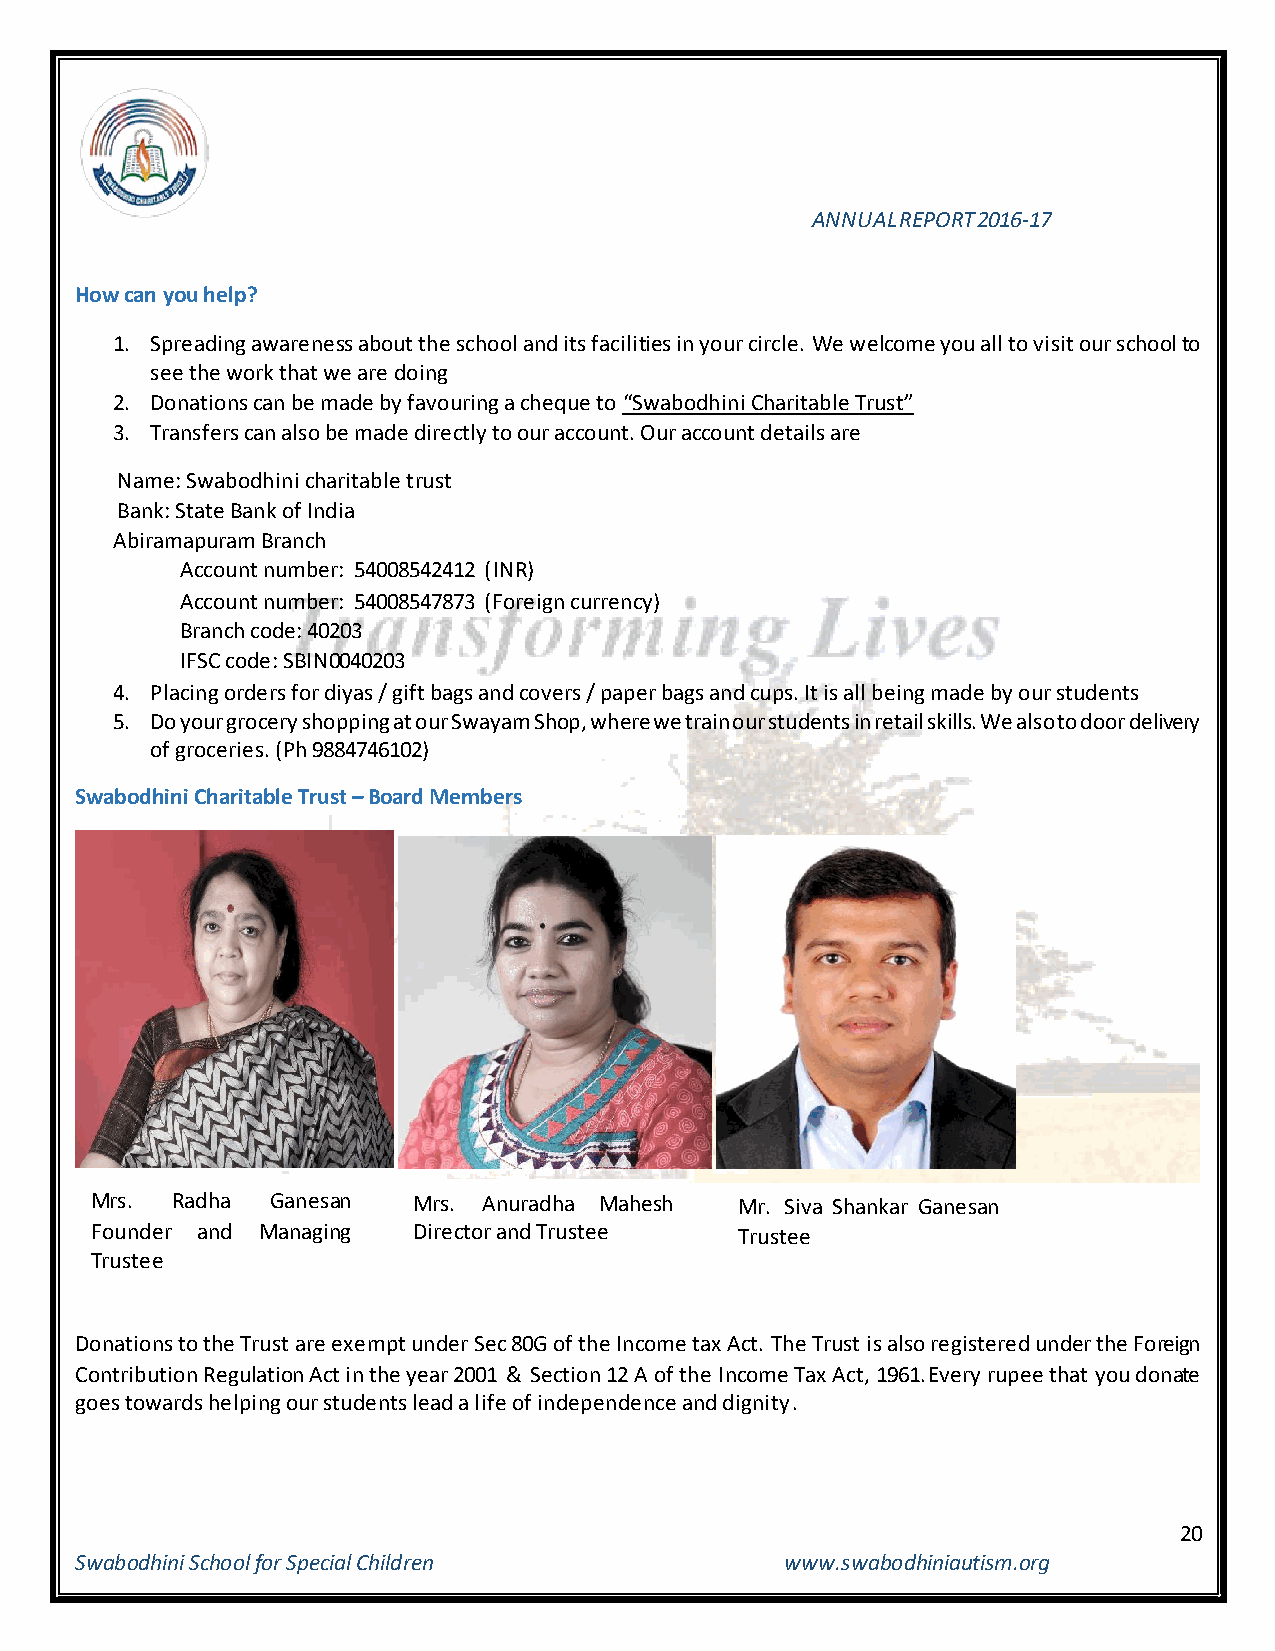
ANNUAL REPORT 2016-17
 How can you help?
 1. Spreading awareness about the school and its facilities in your circle. We welcome you all to visit our school to
 see the work that we are doing
 2. Donations can be made by favouring a cheque to “Swabodhini Charitable Trust”
 3. Transfers can also be made directly to our account. Our account details are
 Name: Swabodhini charitable trust
 Bank: State Bank of India
 Abiramapuram Branch
 Account number: 54008542412 (INR)
 Account number: 54008547873 (Foreign currency)
 Branch code: 40203
 IFSC code: SBIN0040203
 4. Placing orders for diyas / gift bags and covers / paper bags and cups. It is all being made by our students
 5. Do your grocery shopping at our Swayam Shop, where we train our students in retail skills. We also to door delivery
 of groceries. (Ph 9884746102)
 Swabodhini Charitable Trust – Board Members
 Mrs. Radha  Ganesan  Mrs. Anuradha Mahesh  Mr. Siva Shankar Ganesan
 Founder and Managing Director and Trustee  Trustee
 Trustee
 Donations to the Trust are exempt under Sec 80G of the Income tax Act. The Trust is also registered under the Foreign
 Contribution Regulation Act in the year 2001 & Section 12 A of the Income Tax Act, 1961.Every rupee that you donate
 goes towards helping our students lead a life of independence and dignity.
 20
 Swabodhini School for Special Children         www.swabodhiniautism.org